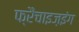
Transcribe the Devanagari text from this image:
फ्रैंचाइज़इंग